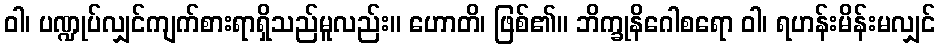
ဝါ၊ ပဏ္ဍုပ်လျှင်ကျက်စားရာရှိသည်မူလည်း။ ဟောတိ၊ ဖြစ်၏။ ဘိက္ခုနိဂေါစရော ဝါ၊ ရဟန်းမိန်းမလျှင်